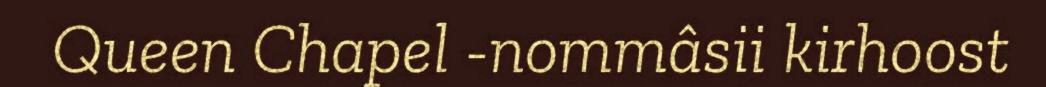
Queen Chapel -nommâsii kirhoost